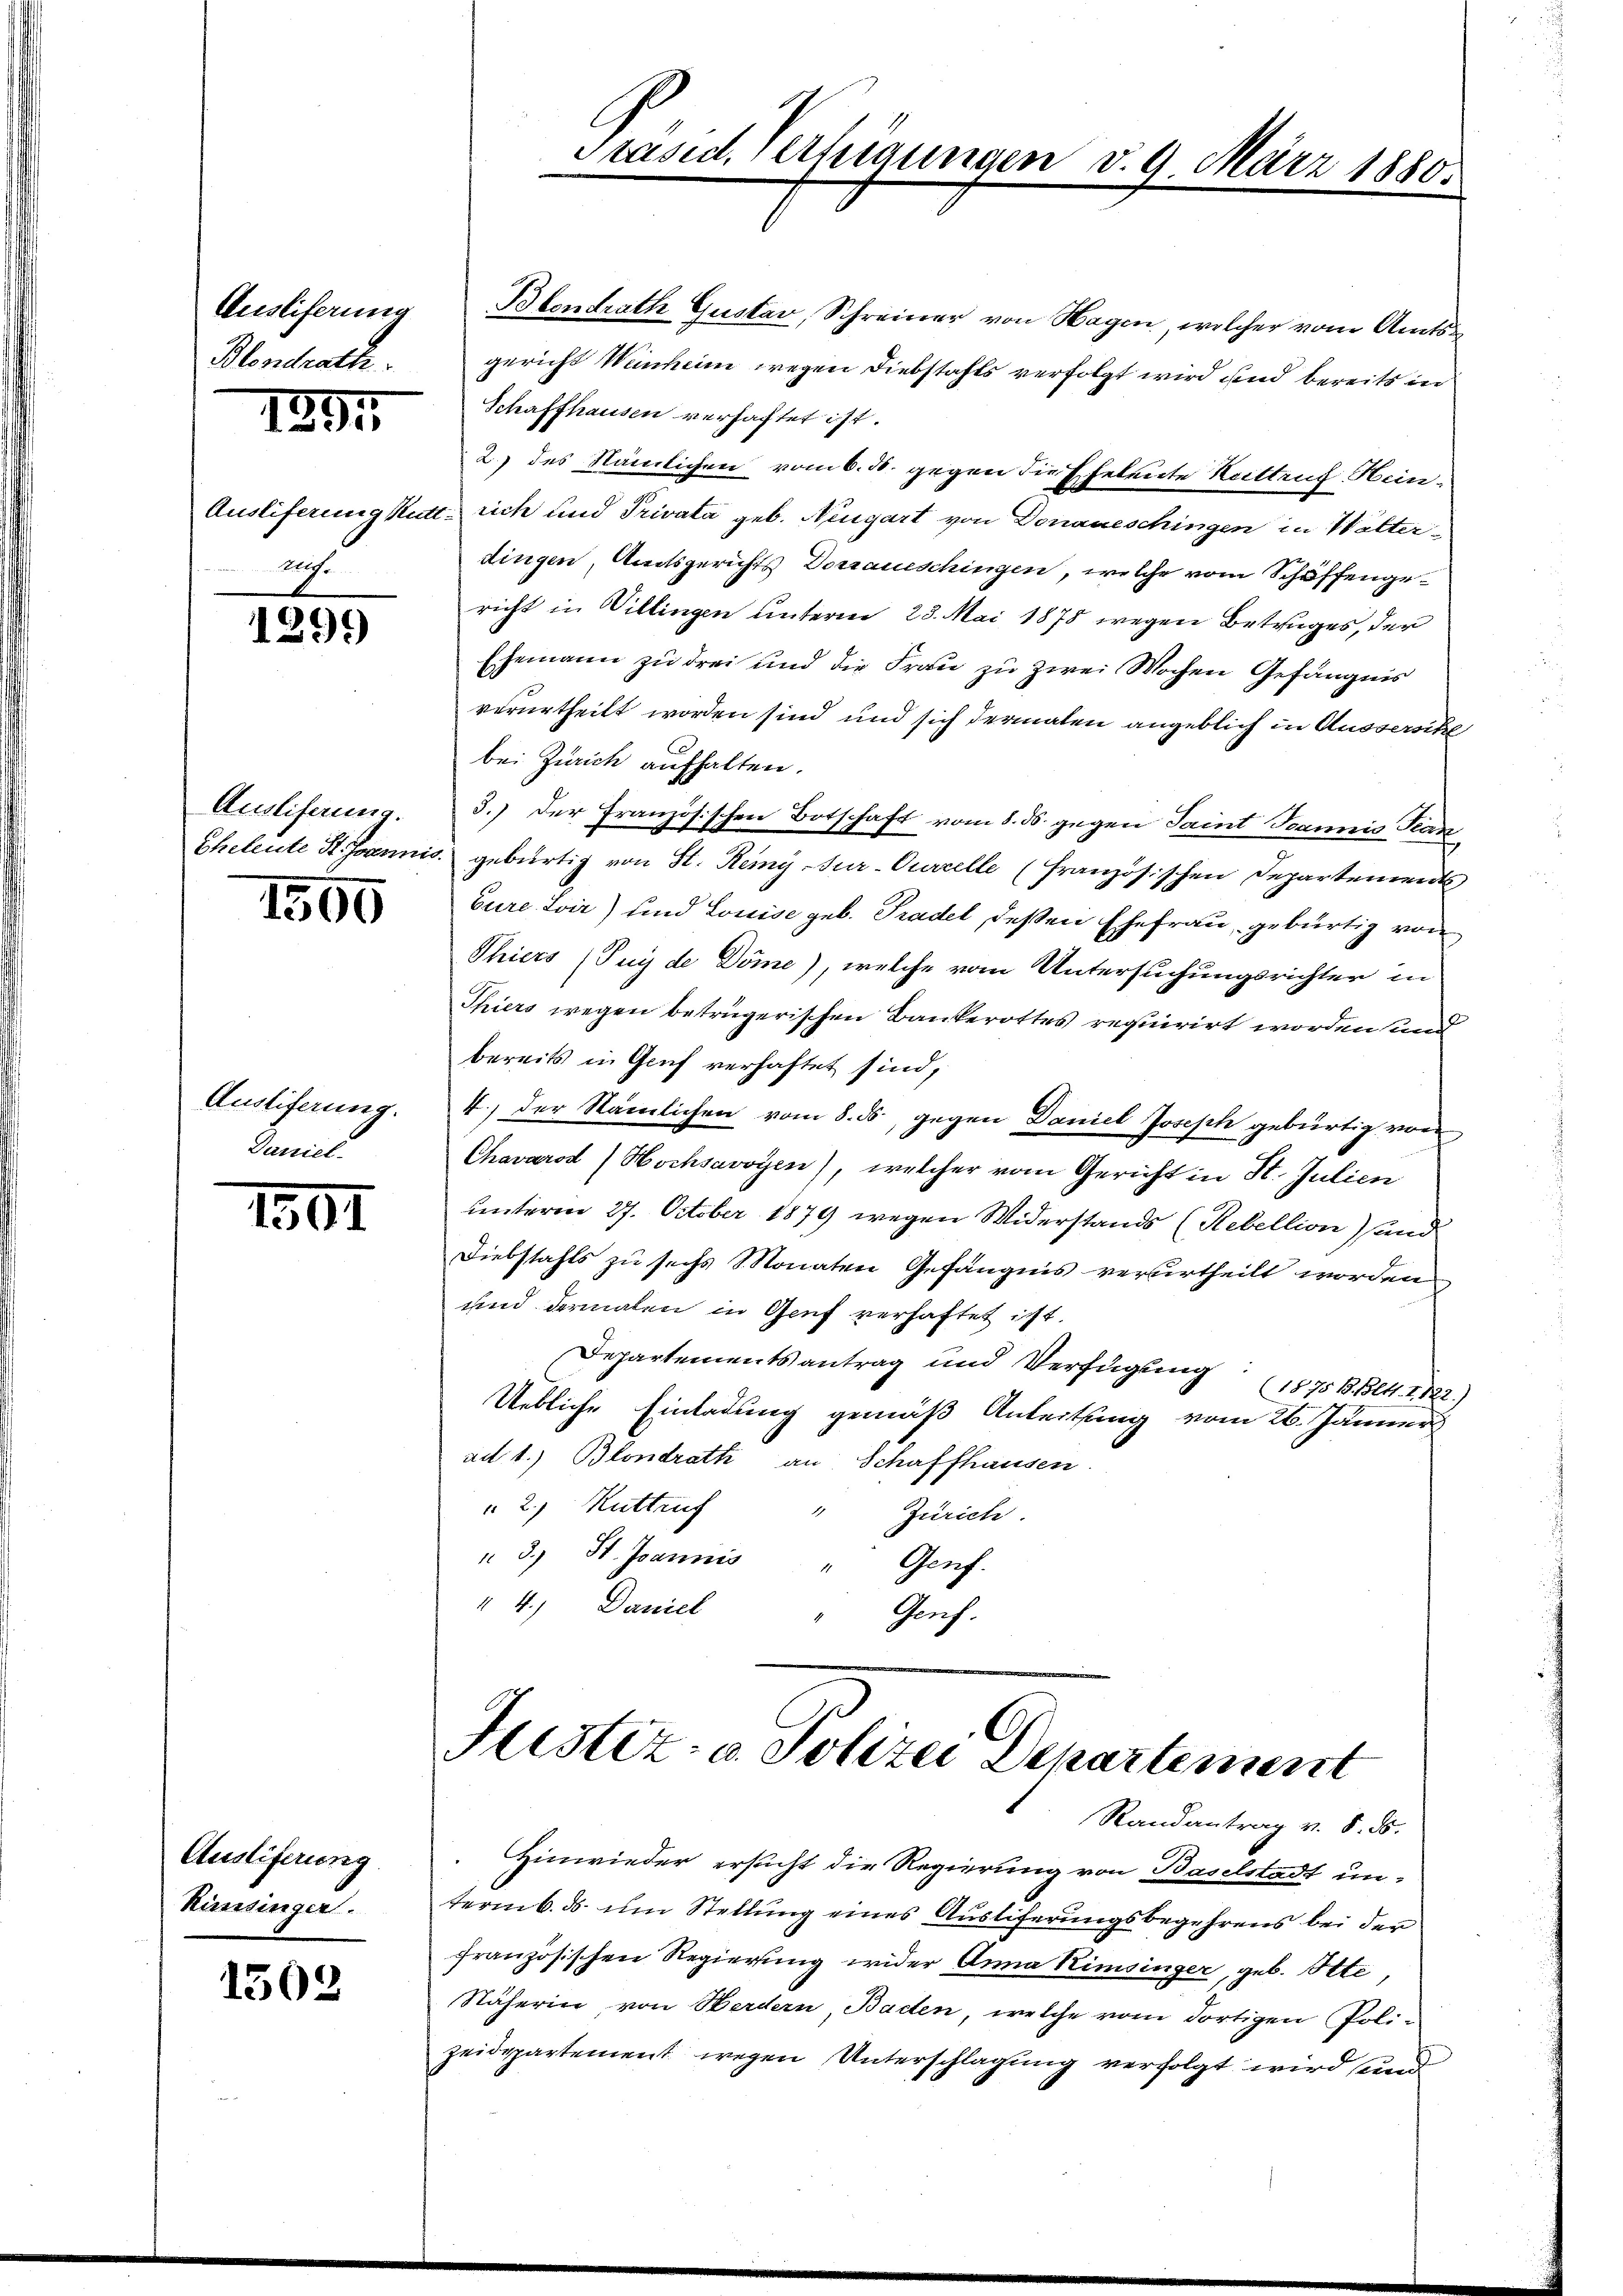
Ausliferung
Blendrath.

1891

ruf.

1299)

Auslifaung.

1500

Ausliferung.
Daniel-

1301

Austiferung
Kimsinger.

1502

Blondrath Gustav, Schreiner von Hagen, welcher vom Amtsgericht Weinheim wegen Diebstahls verfolgt wird und bereits in
Schaffhausen verhaftet ist.
2) des Nämlichen vom 6. 30. gegen die Ehetente Koittrug Hein-
Auslieferung Kutt rich und Privata geb. Neugart von Donaueschingen in Walter-
dingen, Amtsgerichts Dorrauischingen, welche vom Schöffengericht in Villingen unterm 23. Mai 1878 wegen Betruges, der
Ehemann zu drei und die Frau zu zwei Wochen Gefängnis
verurtheilt worden sind und sich dermalen angeblich in Aussersche
bei Zürich aufhalten.
3.) Der Französischen Botschaft vom 8. ds. gegen Saint Joannis Tean
Eheleute St. Joannis gebürtig von St. Remy-Sur-Curcelle (französischen Departements
Eure Svir) und Louise geb. Pradel, deßen Ehefrau, gebürtig von
Thiers (Juy de Döme), welche vom Untersuchungsrichter in
Thiers wegen betrügerischen Bankerottes requirirt worden und
bereits in Genf verhaftet sind,
4.) Der Stämlichen vom 8. ds., gegen Daniel Joseph gebürtig von
Chavarod) Hochsavoyen), welcher vom Gericht in St. Julien
unterm 27. October 1879 wegen Widerstands (Rebellion) und
Diebstahls zu sechs Monaten Gefängnis verurtheilt worden
und dermalen in Genf verhaftet ist.
Departementsantrag und Verfügung (1875 B. Bett. I. 122.)
Uebliche Einladung gemäß Anleitung vom 26. Jänner
ad 1.) Blondrath an Schaffhausen.
2.) Kuttruf
1
Zürich
 3.) St. Joannis
" Genf.
 4.) Daniel
Grf.

Präsid. Verfügungen v. 9. März 1880.

Justiz- & Polizei Departement
Randantrag v. 8. d.

Hinwieder ersucht die Regierung von Baselstadt un-
termb. d. um Stellung eines Austiferungsbegehrens bei der
französischen Regierung wider Anna Kimsinger, geb. Itte,
Näherin von Werdern, Baden, welche vom dortigen Polizeidepartement wegen Unterschlagung verfolgt wird und